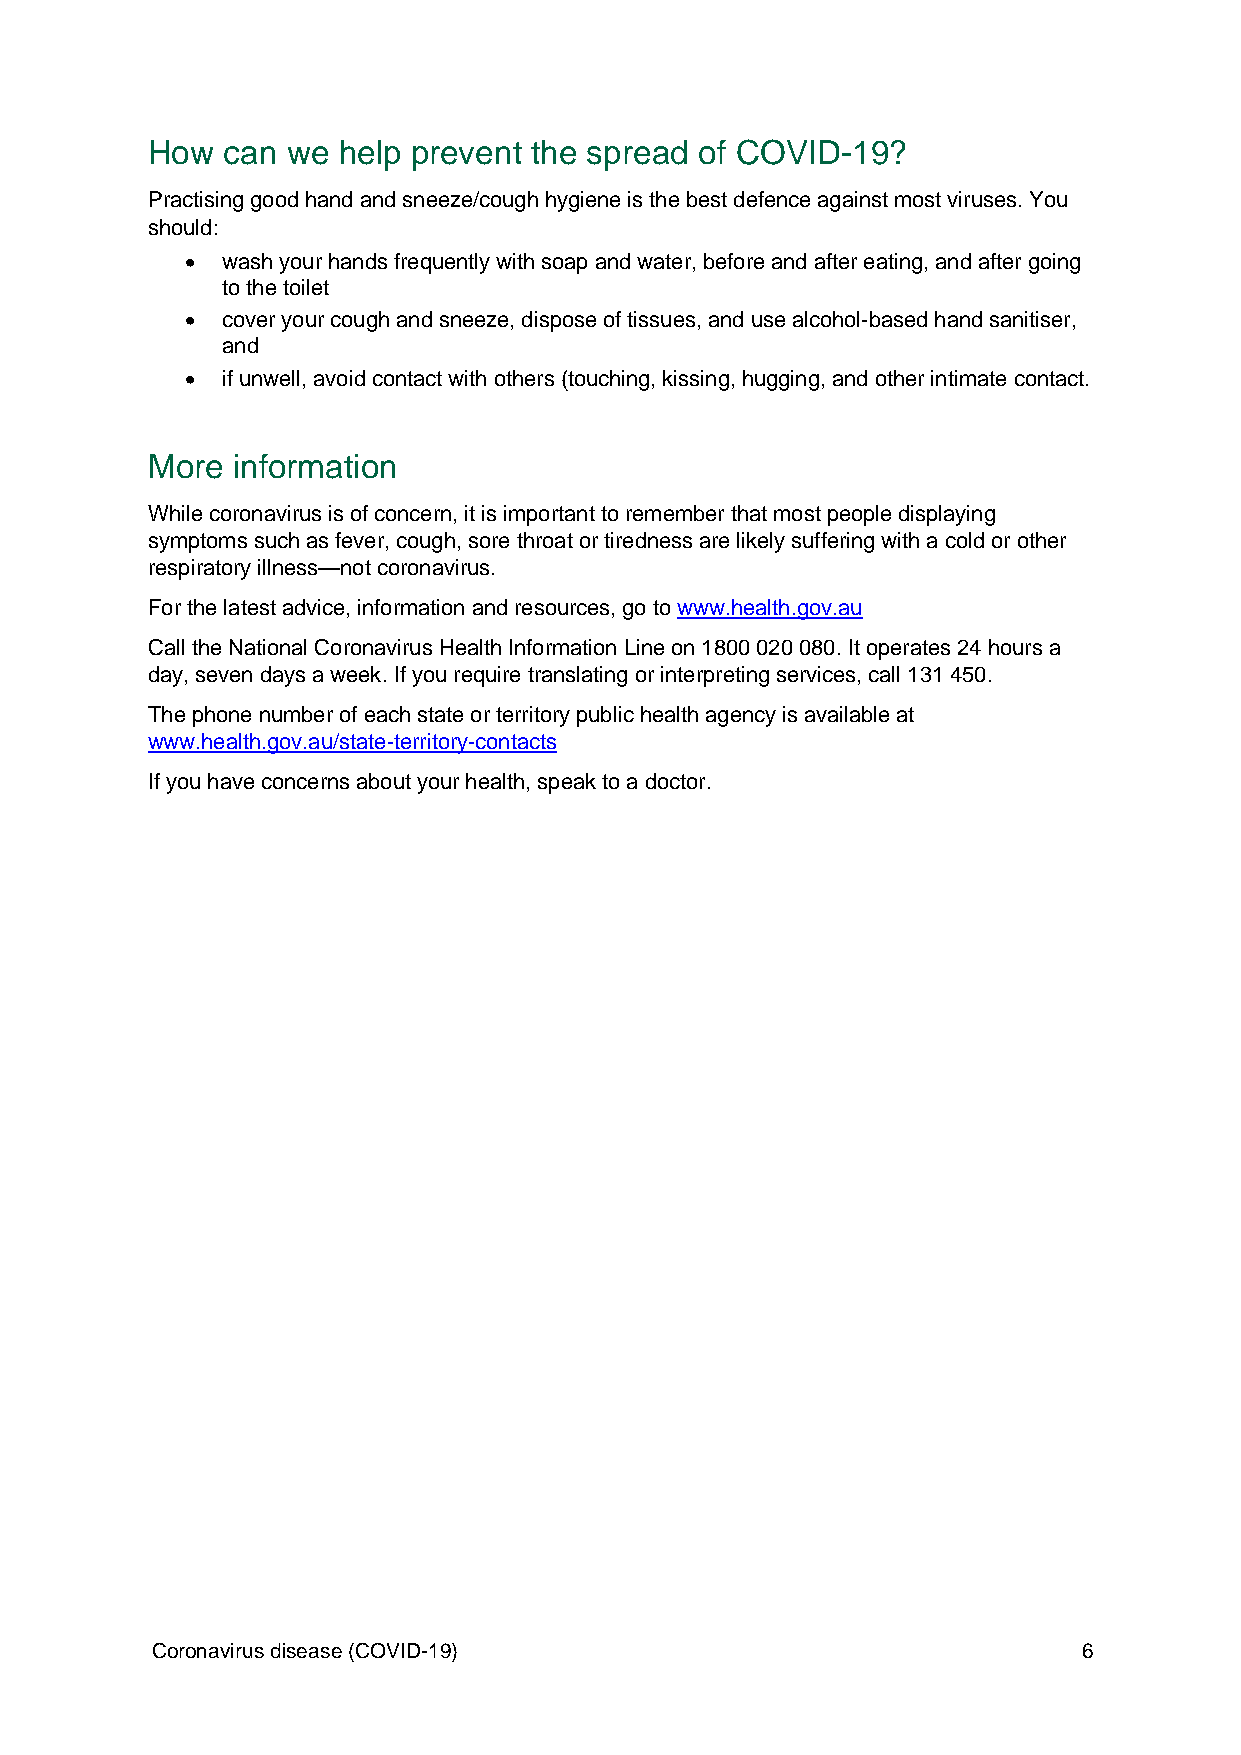
How  can we help prevent the spread of COVID-19?
 Practising good hand and sneeze/cough hygiene is the best defence against most viruses. You
 should:
   wash your hands frequently with soap and water, before and after eating, and after going
 to the toilet
   cover your cough and sneeze, dispose of tissues, and use alcohol-based hand sanitiser,
 and
   if unwell, avoid contact with others (touching, kissing, hugging, and other intimate contact.
 More information
 While coronavirus is of concern, it is important to remember that most people displaying
 symptoms such as fever, cough, sore throat or tiredness are likely suffering with a cold or other
 respiratory illness—not coronavirus.
 For the latest advice, information and resources, go to www.health.gov.au
 Call the National Coronavirus Health Information Line on 1800 020 080. It operates 24 hours a
 day, seven days a week. If you require translating or interpreting services, call 131 450.
 The phone number of each state or territory public health agency is available at
 www.health.gov.au/state-territory-contacts
 If you have concerns about your health, speak to a doctor.
 Coronavirus disease (COVID-19)                                6